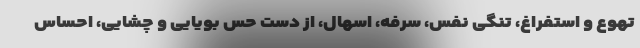
تهوع و استفراغ، تنگی نفس، سرفه، اسهال، از دست حس بویایی و چشایی، احساس